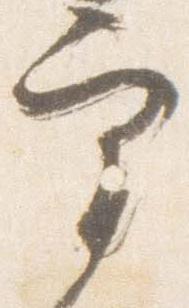
宰